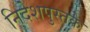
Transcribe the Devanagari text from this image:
निदेशपुस्तके